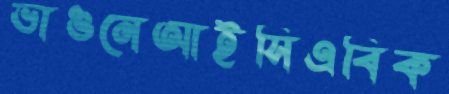
ভাঙনেআইসিএবিক